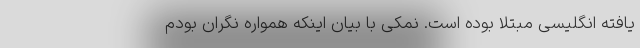
یافته انگلیسی مبتلا بوده است. نمکی با بیان اینکه همواره نگران بودم